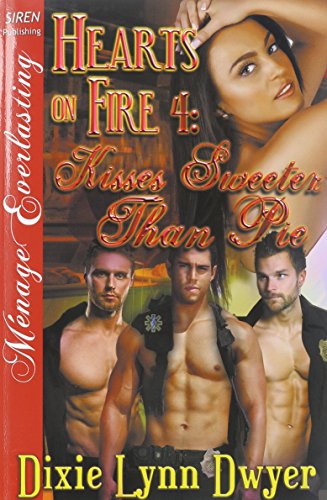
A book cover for Hearts on Fire 4: Kisses Sweeter Than Pie (Siren Publishing Menage Everlasting); Dixie Lynn Dwyer; Romance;